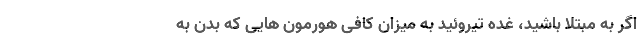
اگر به مبتلا باشید، غده تیروئید به میزان کافی هورمون هایی که بدن به